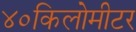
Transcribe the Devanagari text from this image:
४०किलोमीटर